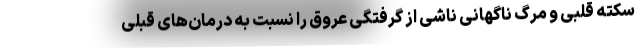
سکته قلبی و مرگ ناگهانی ناشی از گرفتگی عروق را نسبت به درمان‌های قبلی